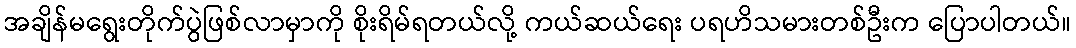
အချိန်မရွေးတိုက်ပွဲဖြစ်လာမှာကို စိုးရိမ်ရတယ်လို့ ကယ်ဆယ်ရေး ပရဟိသမားတစ်ဦးက ပြောပါတယ်။